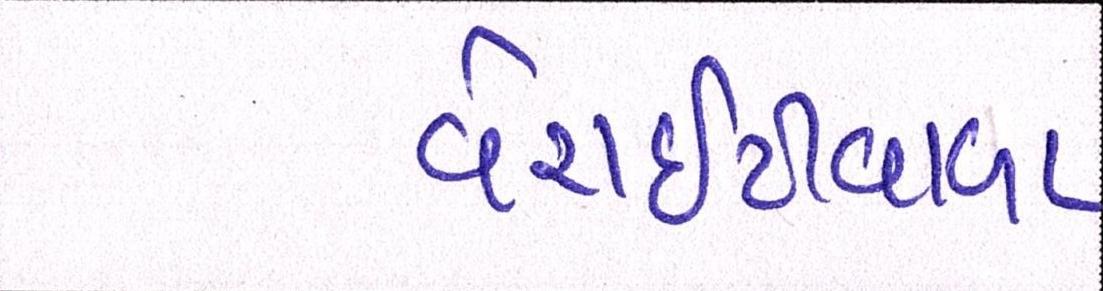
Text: વેરાઇટીવાળા